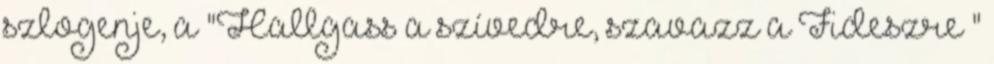
szlogenje, a "Hallgass a szívedre, szavazz a Fideszre "